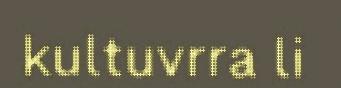
kultuvrra li